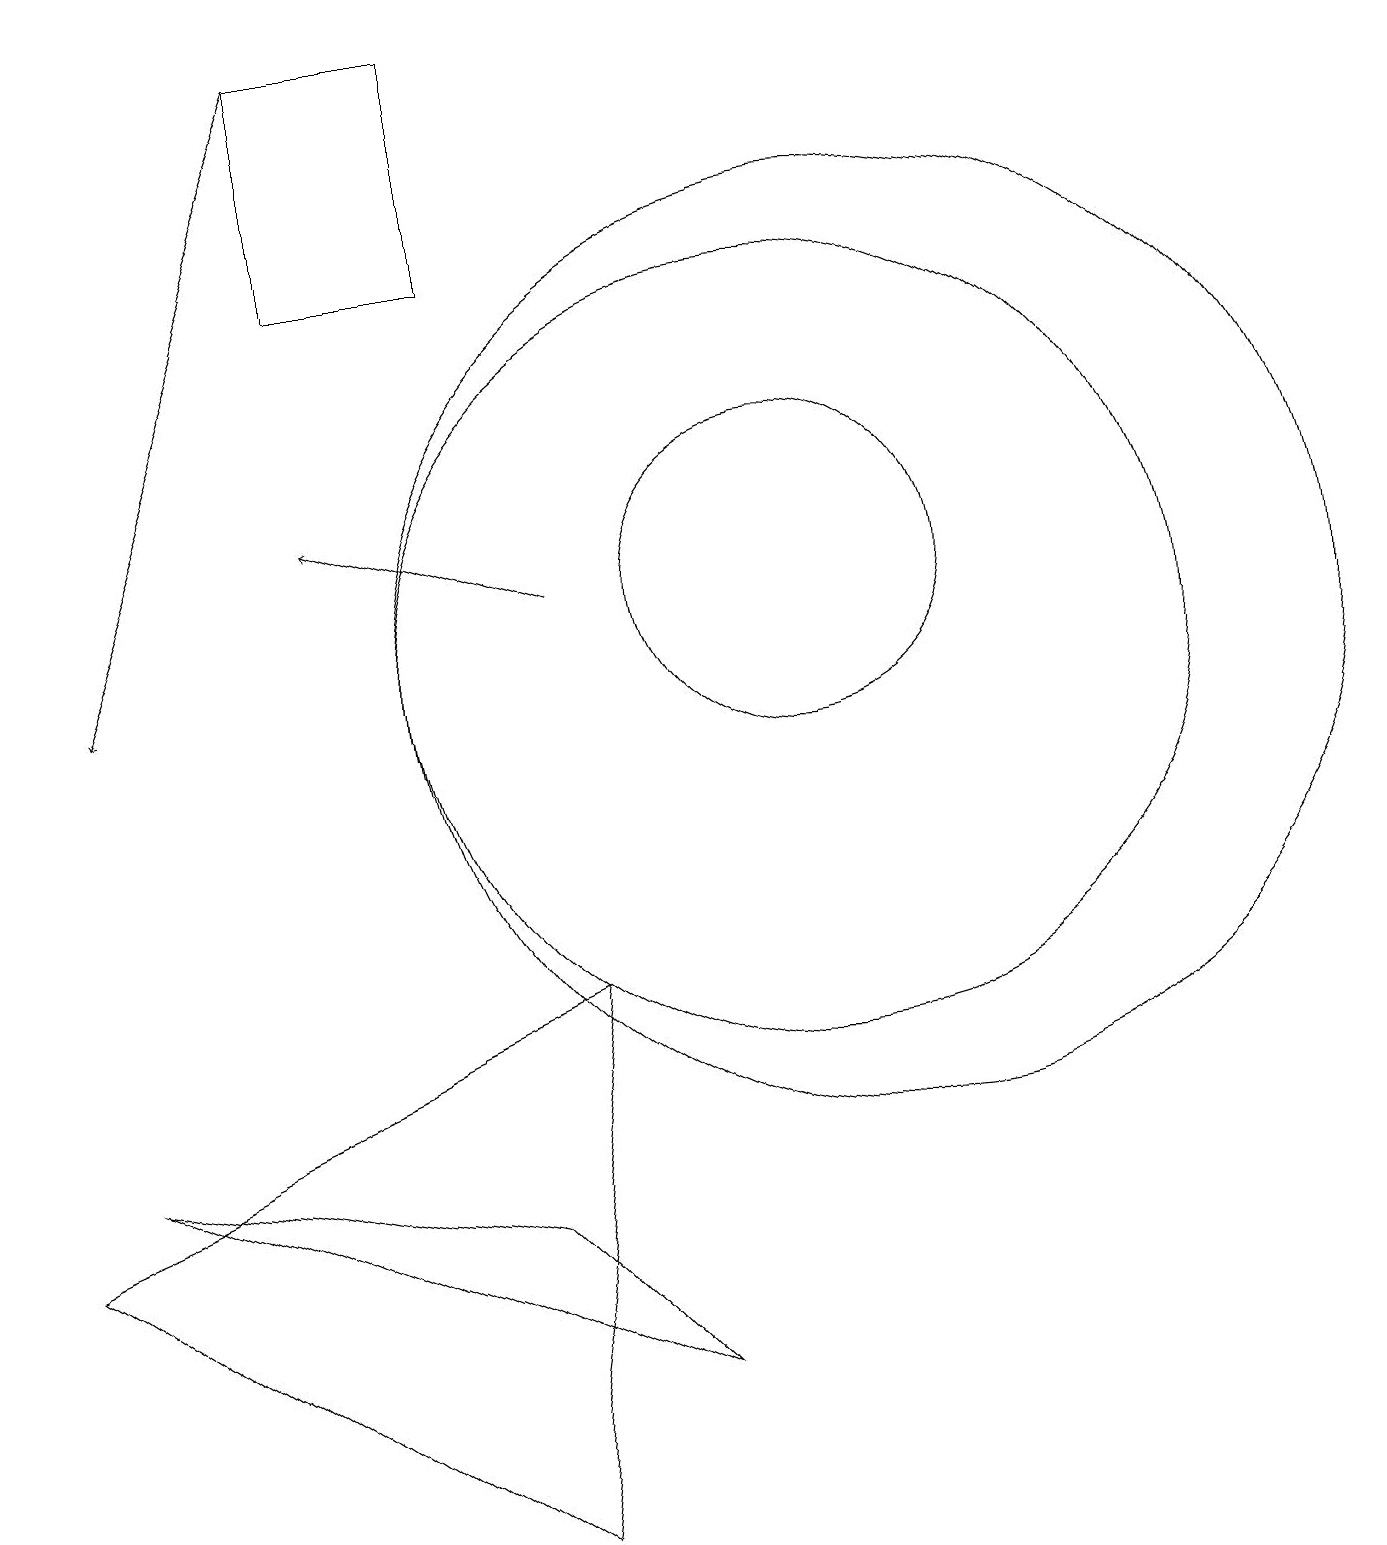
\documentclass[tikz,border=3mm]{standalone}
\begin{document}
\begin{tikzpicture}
\draw (11,11) circle (6);
\draw (6,19) rectangle (4,16);
\draw (10,12) circle (2);
\draw (8,2) -- (1,5) -- (6,4) -- cycle;
\draw[->] (7,12) -- (4,13);
\draw[->] (4,19) -- (1,11);
\draw (10,11) circle (5);
\draw (6,0) -- (0,4) -- (7,7) -- cycle;
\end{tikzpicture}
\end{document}